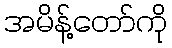
အမိန့်တော်ကို